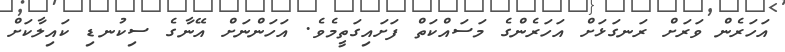
އަހަރެން ވަރަށް ރަނގަޅަށް އަހަރެންގެ މަސައްކަތް ފަށައިގަތީމެވެ. އަހަންނަށް އޭނާގެ ސިކުނޑި ކައިލާކަށް